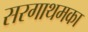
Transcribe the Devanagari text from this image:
सरगाथमका